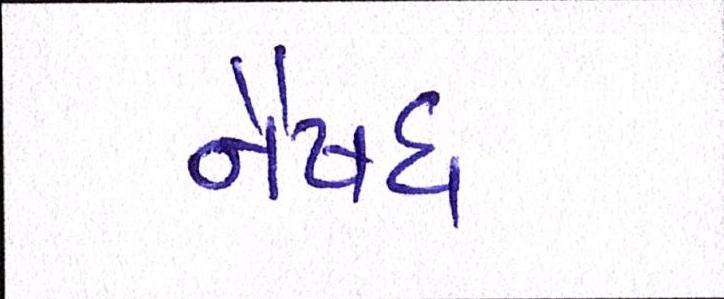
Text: નૈષધ